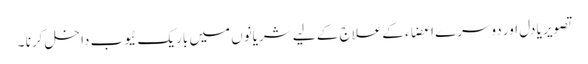
تصویر یا دل اور دوسرے اعضاء کےعلاج کے لیے شریانوں میں باریک ٹیوب داخل کرنا ۔